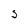
Character: S